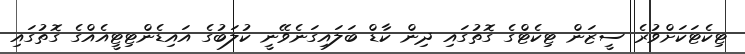
ޓިކެޓަކަށްވުރެ ސީޒަން ޓިކެޓްގެ ގޮތުގައި ދިން ކާޑް ބަލައިގަނެވޭނީ ކުލަބުގެ އައިޑެންޓިޓީއެއްގެ ގޮތުގައި